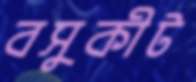
বসুকীট